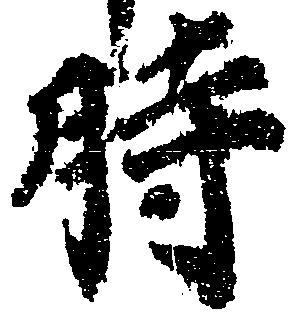
時